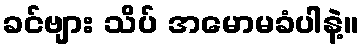
ခင်ဗျား သိပ် အမောမခံပါနဲ့။